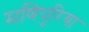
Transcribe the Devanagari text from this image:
मणिपुरिया